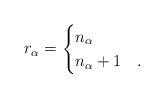
LaTeX: \begin{align*}r_{\alpha} = \begin{cases} n_{\alpha} & \\ n_{\alpha}+1 & . \end{cases}\end{align*}